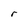
Character: r